Leaving Certificate Examination (including Day School Certificate (Higher) General paper), 1927
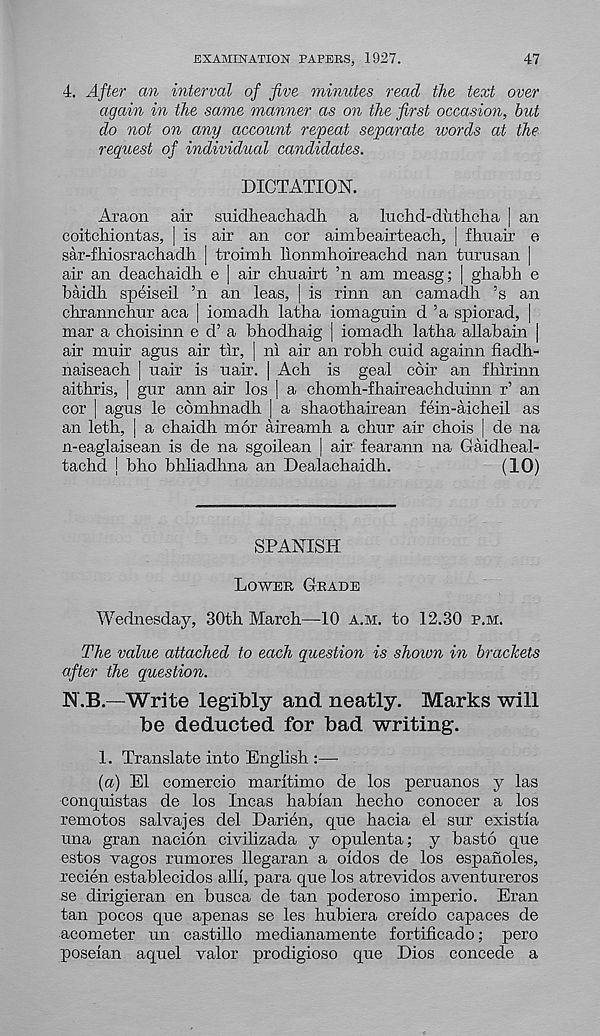
EXAMINATIOK PAPERS, 1927.
47
4. After an interval of five minutes read the text over
again in the same manner as on the first occasion, but
do not on any account repeat separate words at the
request of individual candidates.
DICTATION.
Araon air suiclheachadii a luchd-dhth cha | an
coitcliiontas, | is air an cor aimbeairteach, j fhuair e
sar-fhiosrachadh | troimh lionmhoireachd nan turusan |
air an deachaidh e | air chuairt ’n am measg; [ gliabh e
baidb speiseil ’n an leas, | is rinn an camadh ’s an
chrannchur aca | iomadh latha iomaguin d ’a spiorad, |
mar a choisinn e d’ a bhodhaig | iomadh latba allabain |
air mnir agus air tir, | ni air an robh cuid againn fiadh-
naiseach | uair is nair. | Ach is geal coir an fhirinn
aithris, | gur ann air los | a chomb-fbaireachduinn r’ an
cor | agus le combnadb | a sbaotbairean fein-aicbeil as
an letb, | a chaidh mor aireamb a chur air chois | de na
n-eaglaisean is de na sgoilean | air fearann na Gaidheal-
tachd | bho bbliadhna an Dealachaidb.
(10)
SPANISH
Lower Grade
Wednesday, 30th March—-10 a.m. to 12.30 p.m.
The value attached to each question is shoion in brackets
after the question.
N.B.—Write legibly and neatly. Marks will
be deducted for bad writing.
1. Translate into English :—-
(a) El comercio maritimo de los peruanos y las
conquistas de los Incas habian hecho conocer a los
remotos salvajes del Darien, que hacia el sur existia
una gran nacion civilizada y opulenta; y basto que
estos vagos rumores llegaran a oidos de los espanoles,
recien establecidos alii, para que los atrevidos aventureros
se dirigieran en busca de tan poderoso imperio. Eran
tan pocos que apenas se les bubiera creido capaces de
acometer un castillo medianamente fortificado; pero
poseian aquel valor prodigioso que Dios concede a